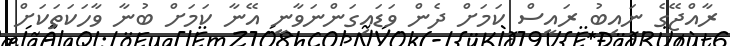
ރާއްޖޭގެ ނައިބު ރައީސް ކަމަށް ދެން ވަޑައިގަންނަވާނީ އޭނާ ކަމަށް ބުނާ ވާހަކަތަކަށް